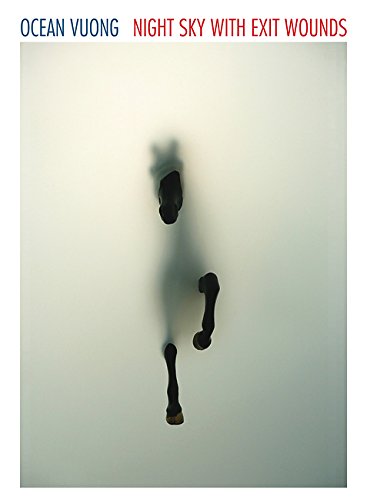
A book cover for Night Sky with Exit Wounds; Ocean Vuong; Literature & Fiction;